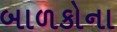
બાળકોના